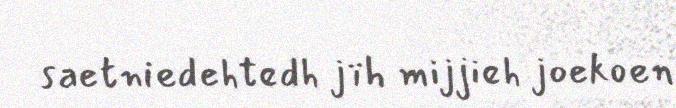
saetniedehtedh jïh mijjieh joekoen